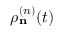
\rho _ { \bf n } ^ { ( n ) } ( t )